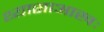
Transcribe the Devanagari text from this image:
थ्यासाआखः